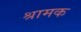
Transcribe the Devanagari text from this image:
श्रामक